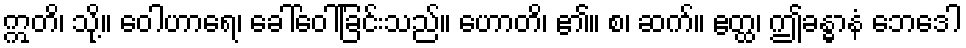
ဣတိ၊ သို့။ ဝေါဟာရေ၊ ခေါ်ဝေါ်ခြင်းသည်။ ဟောတိ၊ ၏။ စ၊ ဆက်။ ဧတ္ထ၊ ဤခန္ဓာနံ ဘေဒေါ